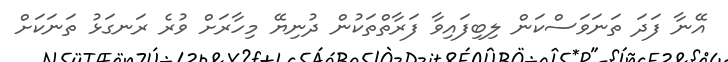
އޭނާ ފަދަ ތަނަވަސްކަން ލިބިފައިވާ ފަރާތްތަކުން ދުނިޔޭ މިހާރަށް ވުރެ ރަނގަޅު ތަނަކަށް